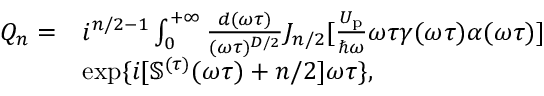
\begin{array} { r l } { { Q } _ { n } = } & { i ^ { n / 2 - 1 } \int _ { 0 } ^ { + \infty } \frac { d ( \omega \tau ) } { ( \omega \tau ) ^ { D / 2 } } J _ { n / 2 } [ \frac { U _ { \mathrm { p } } } { \hbar \omega } \omega \tau \gamma ( \omega \tau ) \alpha ( \omega \tau ) ] } \\ & { \exp \{ i [ \mathbb { S } ^ { ( \tau ) } ( \omega \tau ) + n / 2 ] \omega \tau \} , } \end{array}